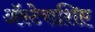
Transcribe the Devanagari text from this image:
अॅस्टेराशिए